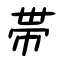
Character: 帯